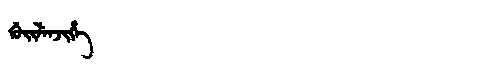
Manchu: ᡤᡠᡳᠯᡝᠨᠵᡳᡥᡝ
Romanization: GUILENJIHE